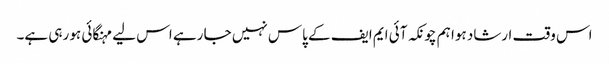
اس وقت ارشاد ہوا ہم چونکہ آئی ایم ایف کے پاس نہیں جا رہے اس لیے مہنگائی ہو رہی ہے۔